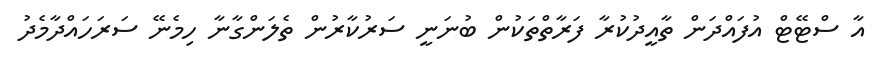
އާ ސްޓޭޓް އުފައްދަން ތާއީދުކުރާ ފަރާތްތަކުން ބުނަނީ ސަރުކާރުން ތެލަންގާނާ ހިމެނޭ ސަރަހައްދާމެދު